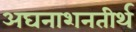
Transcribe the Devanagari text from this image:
अघनाशनतीर्थ